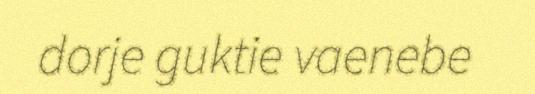
dorje guktie vaenebe